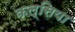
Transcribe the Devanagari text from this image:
कल्सिया